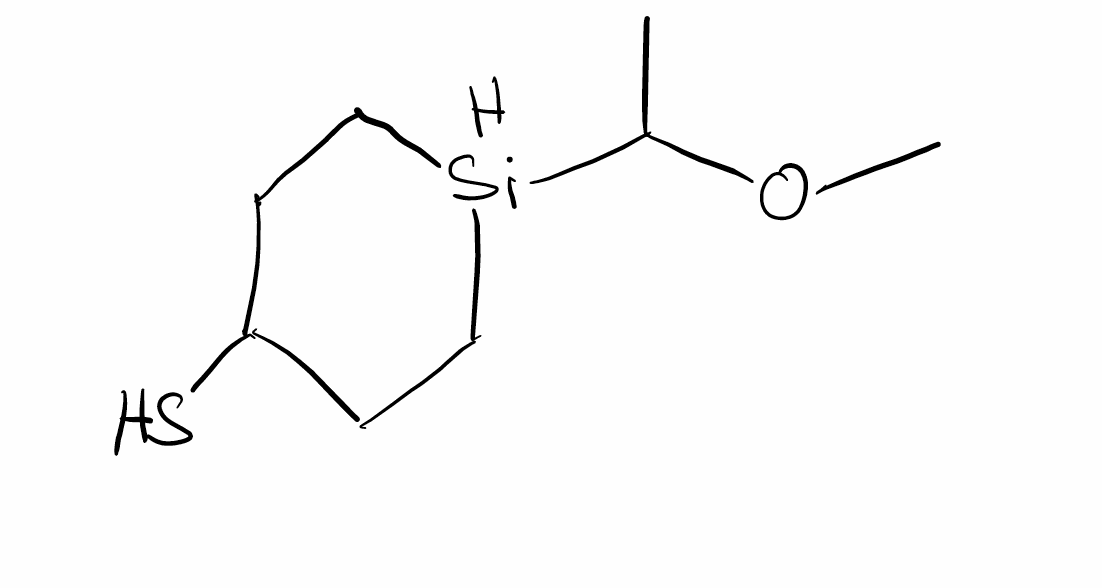
Simplified molecular-input line-entry system (SMILES) notation of the given molecule:
CC(OC)[SiH]1CCC(CC1)S